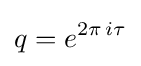
q=e^{2\pi \,i\tau }